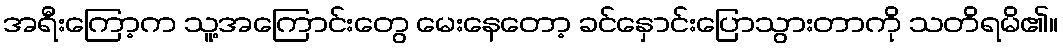
အရီးကြော့က သူ့အကြောင်းတွေ မေးနေတော့ ခင်နှောင်းပြောသွားတာကို သတိရမိ၏။